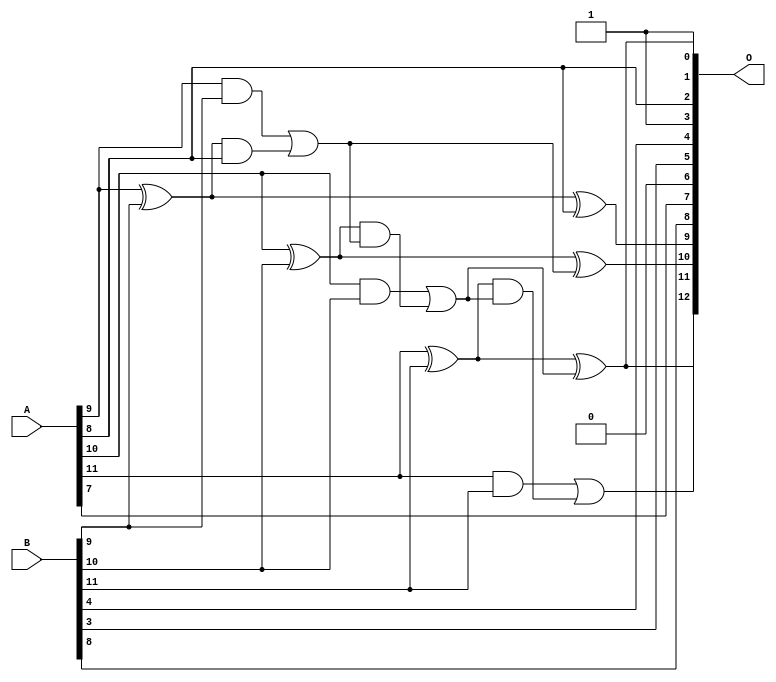
/***
* This code is a part of EvoApproxLib library (ehw.fit.vutbr.cz/approxlib) distributed under The MIT License.
* When used, please cite the following article(s): PRABAKARAN B. S., MRAZEK V., VASICEK Z., SEKANINA L., SHAFIQUE M. ApproxFPGAs: Embracing ASIC-based Approximate Arithmetic Components for FPGA-Based Systems. DAC 2020. 
***/
// MAE% = 1.63 %
// MAE = 134 
// WCE% = 4.26 %
// WCE = 349 
// WCRE% = 800.00 %
// EP% = 99.82 %
// MRE% = 4.51 %
// MSE = 24520 
// FPGA_POWER = 0.3
// FPGA_DELAY = 6.7
// FPGA_LUT = 3.0


module add12u_0FQ(A, B, O);
  input [11:0] A, B;
  output [12:0] O;
  wire sig_66, sig_67, sig_68, sig_70, sig_71, sig_72;
  wire sig_73, sig_75, sig_76, sig_77, sig_78;
  assign O[3] = 1'b1;
  assign O[6] = 1'b0;
  assign O[0] = 1'b1;
  assign O[4] = B[4];
  assign sig_66 = A[9] ^ B[9];
  assign sig_67 = A[9] & B[9];
  assign sig_68 = sig_66 & A[8];
  assign O[9] = sig_66 ^ A[8];
  assign sig_70 = sig_67 | sig_68;
  assign sig_71 = A[10] ^ B[10];
  assign sig_72 = A[10] & B[10];
  assign sig_73 = sig_71 & sig_70;
  assign O[10] = sig_71 ^ sig_70;
  assign sig_75 = sig_72 | sig_73;
  assign sig_76 = A[11] ^ B[11];
  assign sig_77 = A[11] & B[11];
  assign sig_78 = sig_76 & sig_75;
  assign O[1] = sig_76 ^ sig_75;
  assign O[12] = sig_77 | sig_78;
  assign O[2] = A[8];
  assign O[5] = B[3];
  assign O[7] = A[7];
  assign O[8] = B[8];
  assign O[11] = O[1];
endmodule